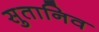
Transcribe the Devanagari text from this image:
सुतानिव